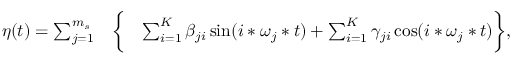
\begin{array} { r l r } { \eta ( t ) = \sum _ { j = 1 } ^ { m _ { s } } } & { { } \bigg \{ } & { \sum _ { i = 1 } ^ { K } \beta _ { j i } \sin ( i * \omega _ { j } * t ) + \sum _ { i = 1 } ^ { K } \gamma _ { j i } \cos ( i * \omega _ { j } * t ) \bigg \} , } \end{array}